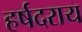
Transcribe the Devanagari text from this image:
हर्षदराय